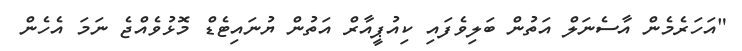
"އަހަރެމެން އާސެނަލް އަތުން ބަލިވެފައި ކިއުޕީއާރް އަތުން ޔުނައިޓެޑް މޮޅުވެއްޖެ ނަމަ އެހެން